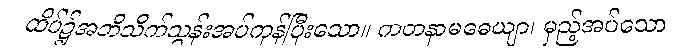
ထိပ်၌အဘိသိက်သွန်းအပ်ကုန်ပြီးသော။ ကတနာမဓေယျာ၊ မှည့်အပ်သော